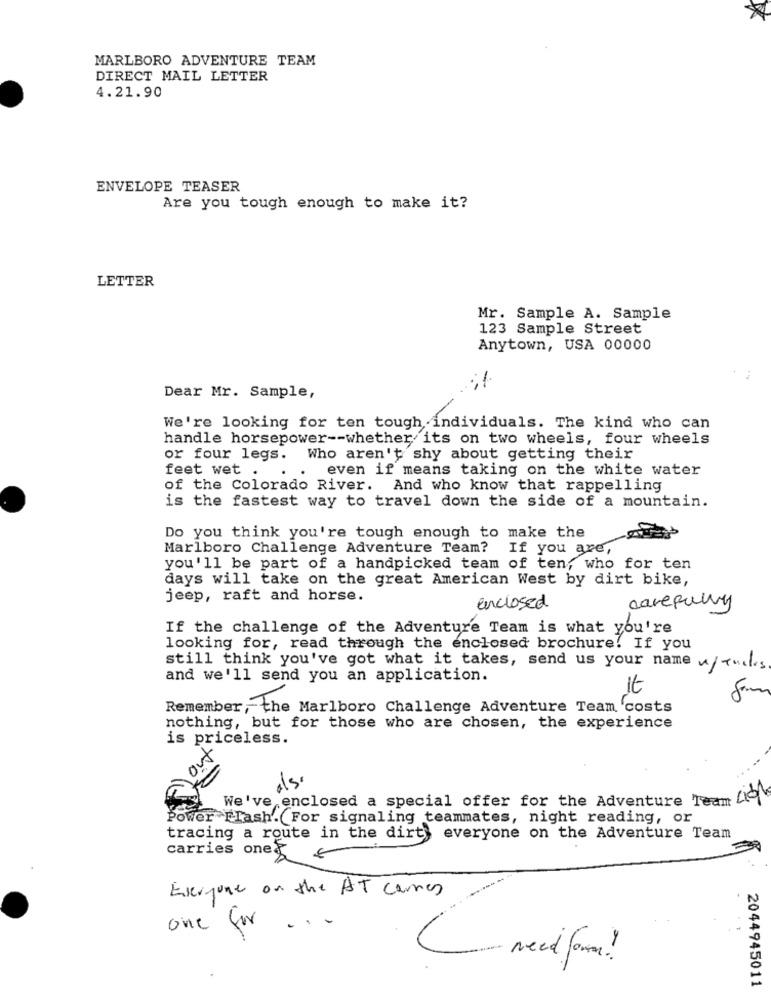
MARLBORO ADVENTURE TEAM
DIRECT MAIL LETTER
4.21.90
ENVELOPE TEASER
Are you tough enough to make it?
LETTER
Mr. Sample A. Sample
123 Sample Street
Anytown, USA 00000
Dear Mr. Sample,
We're looking for ten tough individuals. The kind who can
handle horsepower -- whether its on two wheels, four wheels
or four legs. Who aren't shy about getting their
feet wet .
even if means taking on the white water
of the Colorado River. And who know that rappelling
is the fastest way to travel down the side of a mountain.
Do you think you're tough enough to make the
Marlboro Challenge Adventure Team? If you are,
you'll be part of a handpicked team of ten, who for ten
days will take on the great American West by dirt bike,
jeep, raft and horse.
enclosed
carefully
If the challenge of the Adventure Team is what you're
looking for, read through the enclosed brochure! If you
still think you've got what it takes, send us your name /tucks
and we'll send you an application.
It
Remember, the Marlboro Challenge Adventure Team, 'costs
nothing, but for those who are chosen, the experience
is priceless.
out
We've enclosed a special offer for the Adventure Team 49
Power Flash. For signaling teammates, night reading, or
tracing a route in the dirt everyone on the Adventure Team
carries ones
€
Everyone on the AT carnes
one for
(- Need form!
2044945011